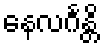
နေလင်္ဂန္တိ